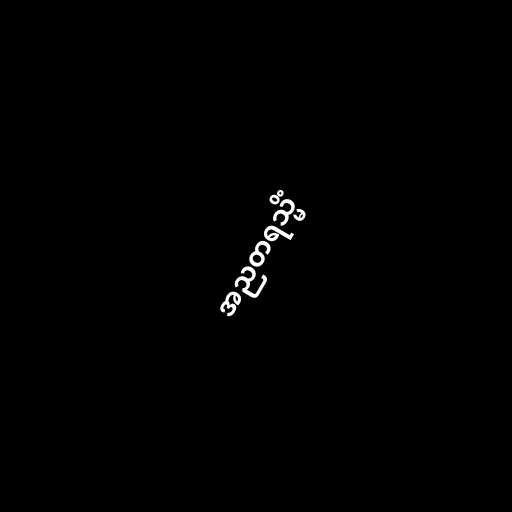
အညတရသ္မိံ